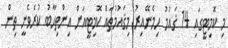
މި ކޮމިޓީގައި 14 ޤައުމު ހިމެނޭއިރު މިޤައުމުތައް ކޮމިޓީއަށް އިންތިހާބު ކުރެވެނީ ތިން